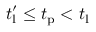
t _ { \mathrm { l } } ^ { \prime } \le t _ { \mathrm { p } } < t _ { \mathrm { l } }